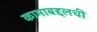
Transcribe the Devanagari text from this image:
कामाबद्दलची